65_HS1-834228961_62-HQ-83894_Section_9
Agency: FBI
Page 239
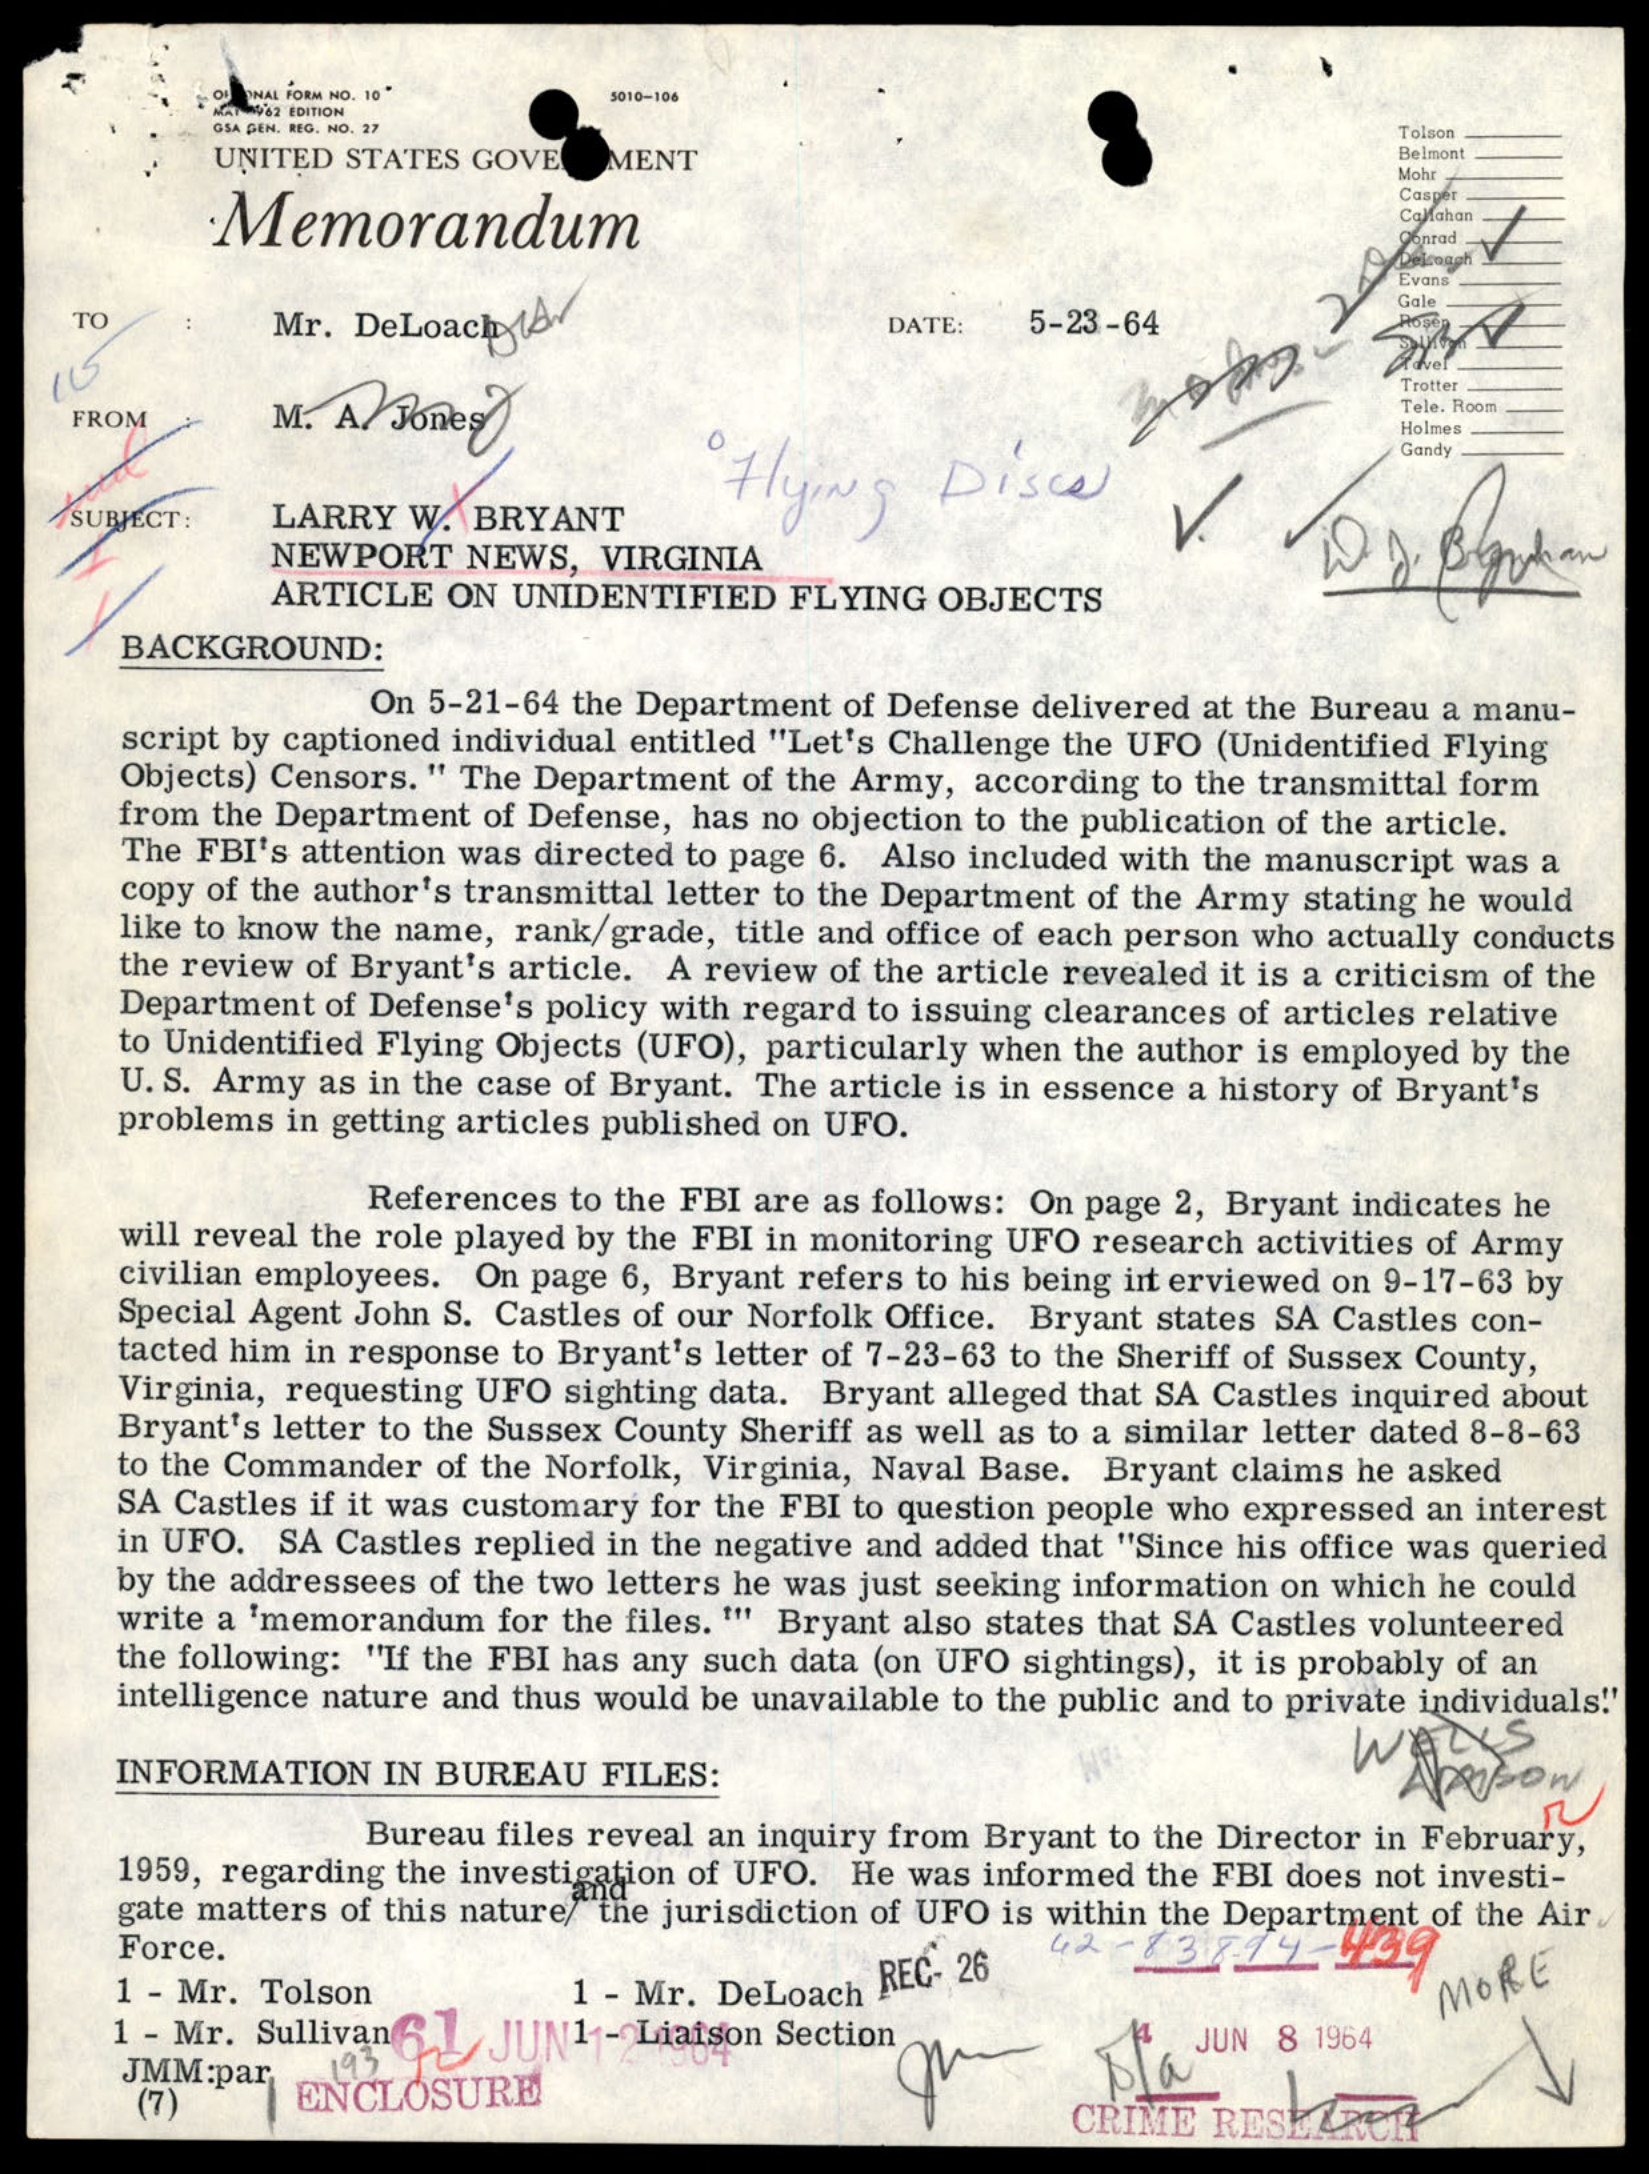